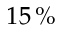
1 5 \, \%